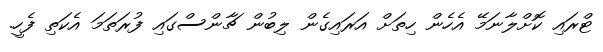
ޓްރައި ކޮށްލާނަމޭ އެހެން ހިތަށް އަރައިގެން ލިބުން ޗާންސްގައި ފުރަތަމަ އެކަތި ފެހީ.